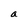
Character: a